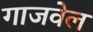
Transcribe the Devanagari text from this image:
गाजवेल